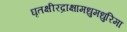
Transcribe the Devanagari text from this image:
घृतक्षीरद्राक्षामधुमधुरिमा